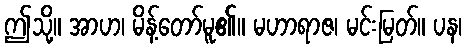
ဤသို့။ အာဟ၊ မိန့်တော်မူ၏။ မဟာရာဇ၊ မင်းမြတ်။ ပန၊